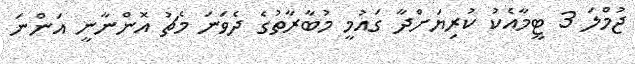
ޖުމްލަ 3 ޓީމާއެކު ކުރިޔަށްދާ ގައުމީ މުބާރާތުގެ ދެވަނަ މެޗު އޮންނާނީ އަންނަ